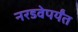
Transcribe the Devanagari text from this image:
नरडवेपर्यंत